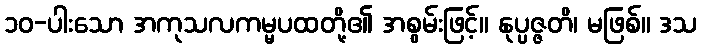
၁၀-ပါးသော အကုသလကမ္မပထတို့၏ အစွမ်းဖြင့်။ နုပ္ပဇ္ဇတိ၊ မဖြစ်။ ဒသ